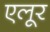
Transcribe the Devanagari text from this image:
एलूर